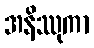
အနိဿုကာ